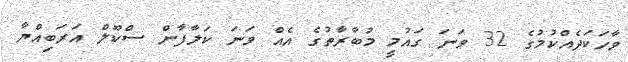
ވާހަކަދެއްކުމުގެ 32 ވަނަ ގައުމީ މުބާރާތުގެ އެއް ވަނަ ކަލާފާން ސްކޫލް އަރަބިއްޔާ